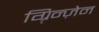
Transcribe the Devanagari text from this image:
ग़्रिन्ज़ेन